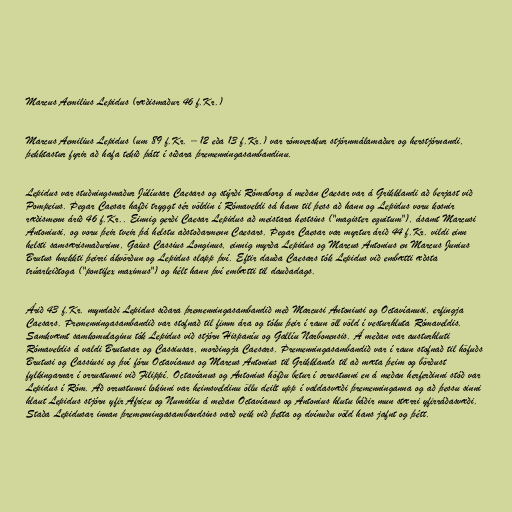
Marcus Aemilius Lepidus (ræðismaður 46 f.Kr.)

Marcus Aemilius Lepidus (um 89 f.Kr. – 12 eða 13 f.Kr.) var rómverskur stjórnmálamaður og herstjórnandi,
þekktastur fyrir að hafa tekið þátt í síðara þremenningasambandinu.

Lepidus var stuðningsmaður Júlíusar Caesars og stýrði Rómaborg á meðan Caesar var á Grikklandi að berjast við
Pompeius. Þegar Caesar hafði tryggt sér völdin í Rómaveldi sá hann til þess að hann og Lepidus voru kosnir
ræðismenn árið 46 f.Kr.. Einnig gerði Caesar Lepidus að meistara hestsins ("magister equitum"), ásamt Marcusi
Antoniusi, og voru þeir tveir þá helstu aðstoðarmenn Caesars. Þegar Caesar var myrtur árið 44 f.Kr. vildi einn
helsti samsærismaðurinn, Gaius Cassius Longinus, einnig myrða Lepidus og Marcus Antonius en Marcus Junius
Brutus hnekkti þeirri ákvörðun og Lepidus slapp því. Eftir dauða Caesars tók Lepidus við embætti æðsta
trúarleiðtoga ("pontifex maximus") og hélt hann því embætti til dauðadags.

Árið 43 f.Kr. myndaði Lepidus síðara þremenningasambandið með Marcusi Antoniusi og Octavíanusi, erfingja
Caesars. Þremenningasambandið var stofnað til fimm ára og tóku þeir í raun öll völd í vesturhluta Rómaveldis.
Samkvæmt samkomulaginu tók Lepidus við stjórn Hispaníu og Gallíu Narbonensis. Á meðan var austurhluti
Rómaveldis á valdi Brutusar og Cassiusar, morðingja Caesars. Þremenningasambandið var í raun stofnað til höfuðs
Brutusi og Cassiusi og því fóru Octavíanus og Marcus Antonius til Grikklands til að mæta þeim og börðust
fylkingarnar í orrustunni við Filippí. Octavíanus og Antonius höfðu betur í orrustunni en á meðan herferðinni stóð var
Lepidus í Róm. Að orrustunni lokinni var heimsveldinu öllu deilt upp í valdasvæði þremenninganna og að þessu sinni
hlaut Lepidus stjórn yfir Africu og Numidiu á meðan Octavíanus og Antonius hlutu báðir mun stærri yfirráðasvæði.
Staða Lepidusar innan þremenningasambandsins varð veik við þetta og dvínuðu völd hans jafnt og þétt.